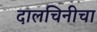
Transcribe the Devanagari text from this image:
दालचिनीचा